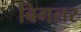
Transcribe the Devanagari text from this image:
बिगलर